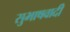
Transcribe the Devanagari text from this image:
सुभाषवादी